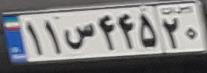
۱۱س۴۴۵۲۰